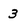
Character: 3